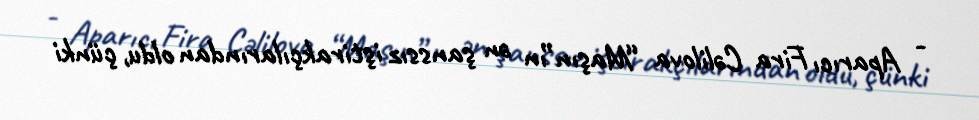
- Aparıcı Fira Cəlilova “Maşın”ın ən şanssız iştirakçılarından oldu, çünki